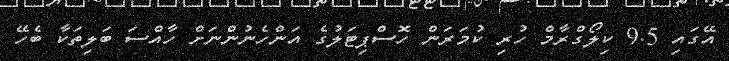
އޭގައި 9.5 ކިލޯގްރާމް ހުރި ކުމަރަން ހޮސްޕިޓަލުގެ އަންހެނުންނަށް ހާއްސަ ބަލިތަކާ ބެހޭ